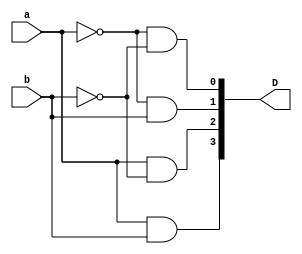
//implement decoder_2x4 using data_flow modeling...
//syntax: assign out = expression;

module decoder_2x4(a,b,D);
input a,b;
output[3:0]D;

//assign output value by referring to logic diagram
assign D[0] = (~a)&(~b);
assign D[1] =  (~a)&(b);
assign D[2] =  (a)&(~b);
assign D[3] =  (a)&(b);

endmodule